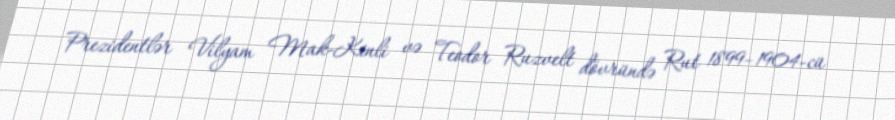
Prezidentlər Vilyam Mak-Kinli və Teodor Ruzvelt dövründə Rut 1899–1904-cü